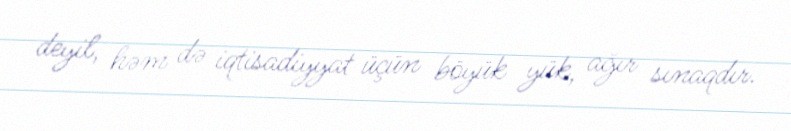
deyil, həm də iqtisadiyyat üçün böyük yük, ağır sınaqdır.